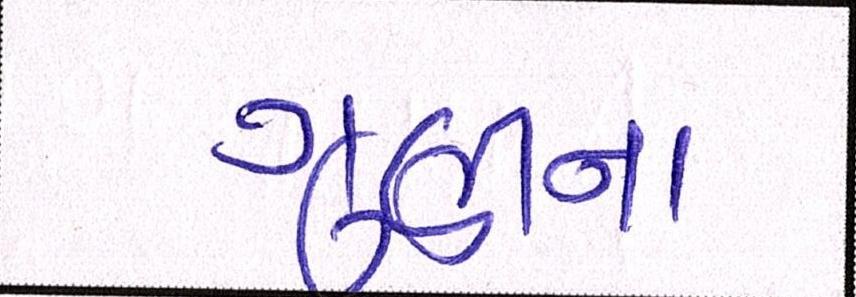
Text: ગુણીના